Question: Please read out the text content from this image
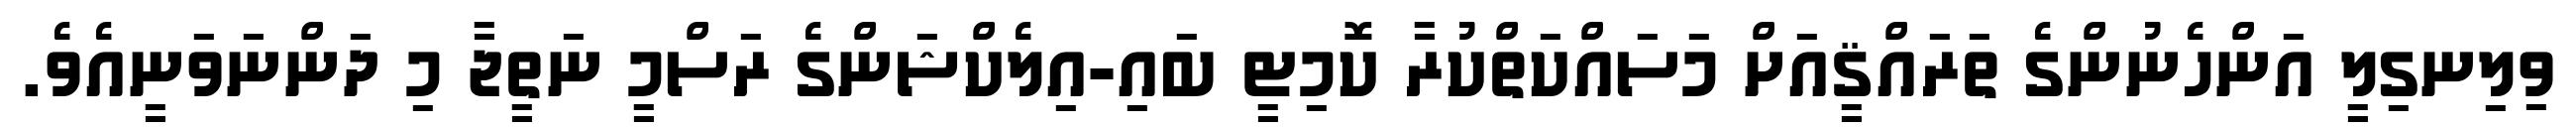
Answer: ވިލިނގިލީ އަންހެނުންގެ ތަރައްޤީއަށް މަސައްކަތްކުރާ ކޮމިޓީ ބައި-އިލެކްޝަންގެ ރަސްމީ ނަތީޖާ މި ދަންނަވަނީއެވެ.